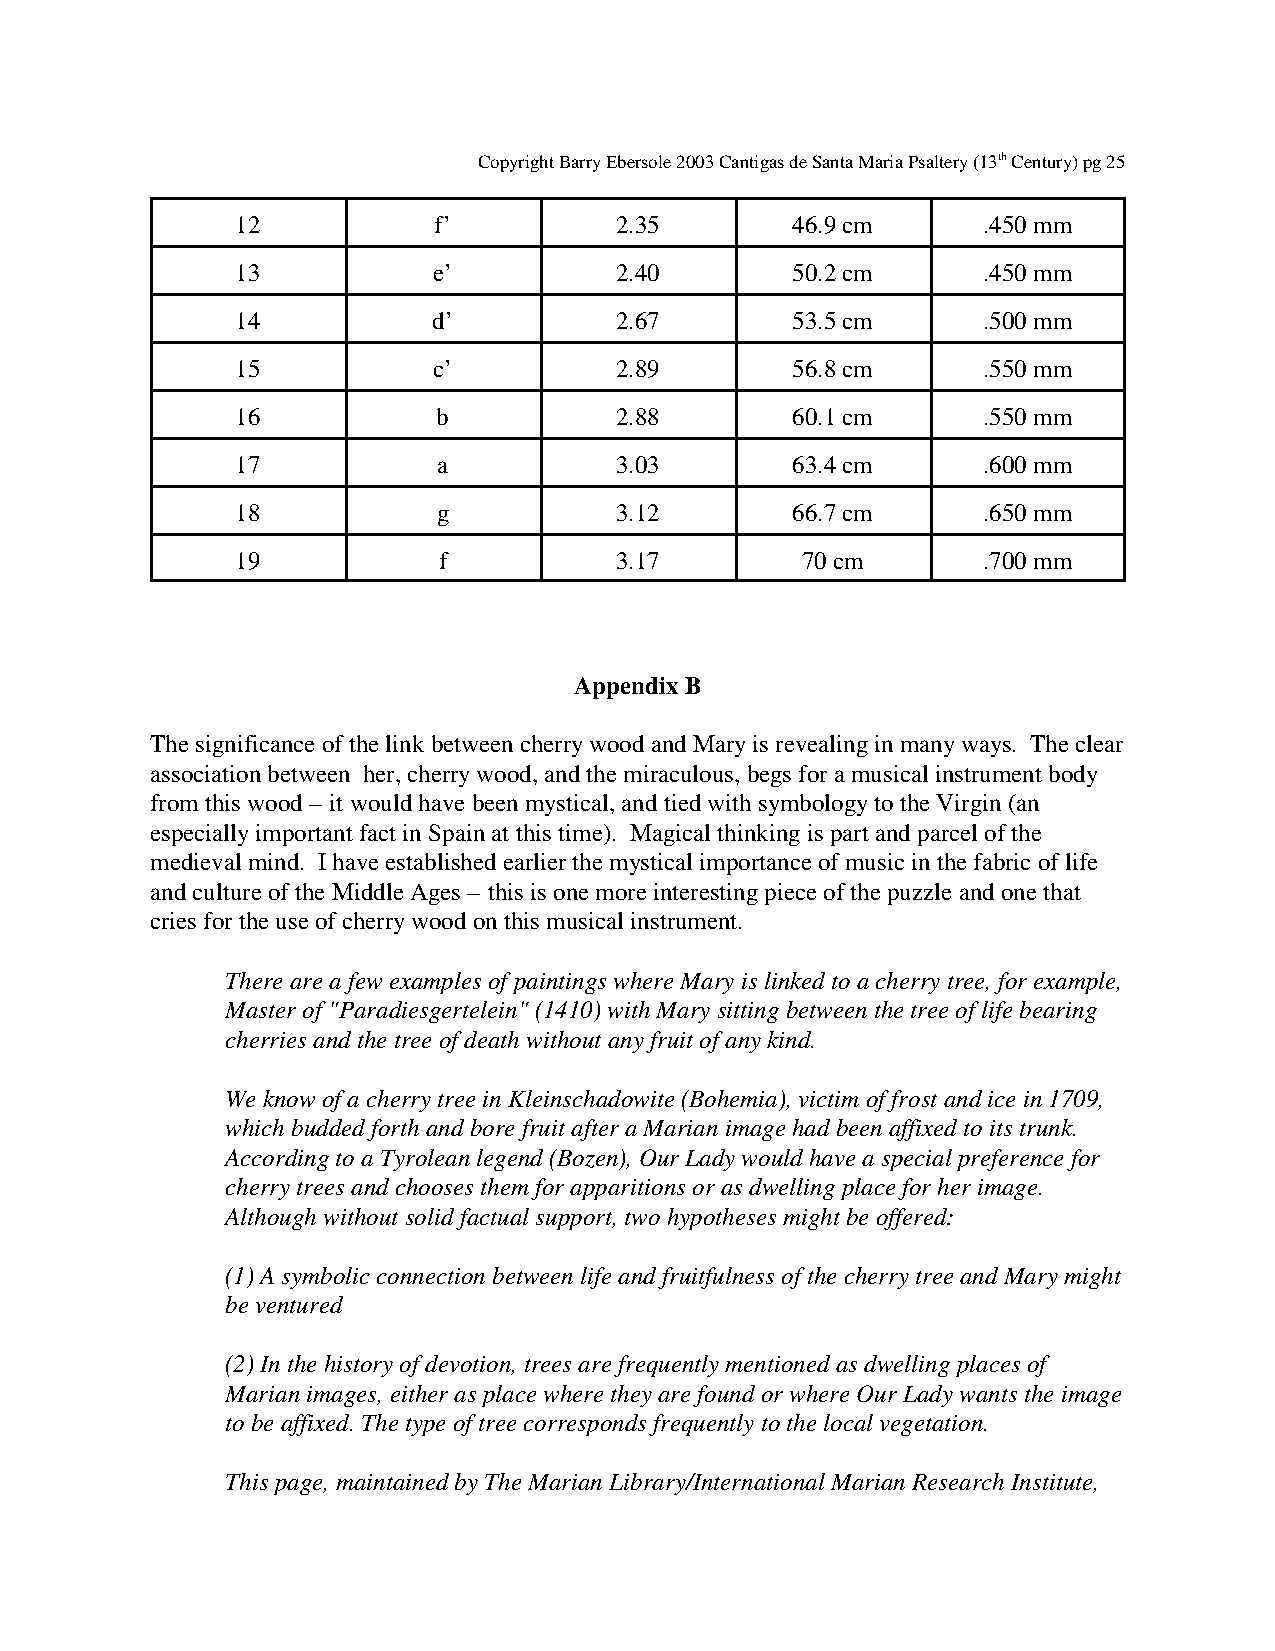
Copyright Barry Ebersole 2003 Cantigas de Santa Maria Psaltery (13th Century) pg 25
 12           f’          2.35       46.9 cm      .450 mm
 13           e’          2.40       50.2 cm      .450 mm
 14           d’          2.67       53.5 cm      .500 mm
 15           c’          2.89       56.8 cm      .550 mm
 16           b           2.88       60.1 cm      .550 mm
 17           a           3.03       63.4 cm      .600 mm
 18           g           3.12       66.7 cm      .650 mm
 19           f           3.17        70 cm       .700 mm
 Appendix B
 The significance of the link between cherry wood and Mary is revealing in many ways. The clear
 association between her, cherry wood, and the miraculous, begs for a musical instrument body
 from this wood – it would have been mystical, and tied with symbology to the Virgin (an
 especially important fact in Spain at this time). Magical thinking is part and parcel of the
 medieval mind. I have established earlier the mystical importance of music in the fabric of life
 and culture of the Middle Ages – this is one more interesting piece of the puzzle and one that
 cries for the use of cherry wood on this musical instrument.
 There are a few examples of paintings where Mary is linked to a cherry tree, for example,
 Master of "Paradiesgertelein" (1410) with Mary sitting between the tree of life bearing
 cherries and the tree of death without any fruit of any kind.
 We know of a cherry tree in Kleinschadowite (Bohemia), victim of frost and ice in 1709,
 which budded forth and bore fruit after a Marian image had been affixed to its trunk.
 According to a Tyrolean legend (Bozen), Our Lady would have a special preference for
 cherry trees and chooses them for apparitions or as dwelling place for her image.
 Although without solid factual support, two hypotheses might be offered:
 (1) A symbolic connection between life and fruitfulness of the cherry tree and Mary might
 be ventured
 (2) In the history of devotion, trees are frequently mentioned as dwelling places of
 Marian images, either as place where they are found or where Our Lady wants the image
 to be affixed. The type of tree corresponds frequently to the local vegetation.
 This page, maintained by The Marian Library/International Marian Research Institute,